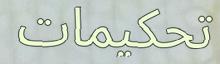
تحكيمات